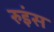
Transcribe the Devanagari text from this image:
रुइंस